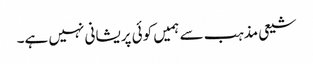
شیعی مذہب سے ہمیں کوئی پریشانی نہیں ہے۔